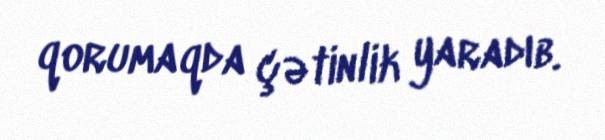
qorumaqda çətinlik yaradıb.